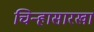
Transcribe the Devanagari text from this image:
चिन्हासारखा